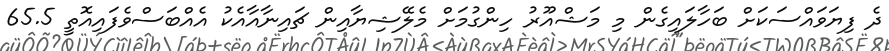
ދެ ފިޔަވައްސަކަށް ބަހާލައިގެން މި މަޝްއޫރު ހިންގުމަށް މެލޭޝިޔާއިން ޗައިނާއާއެކު އެއްބަސްވެފައިއޮތީ 65.5